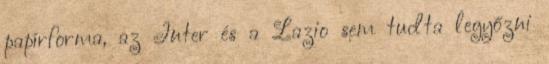
papírforma, az Inter és a Lazio sem tudta legyőzni